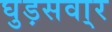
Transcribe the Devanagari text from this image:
घुड़सवा्र